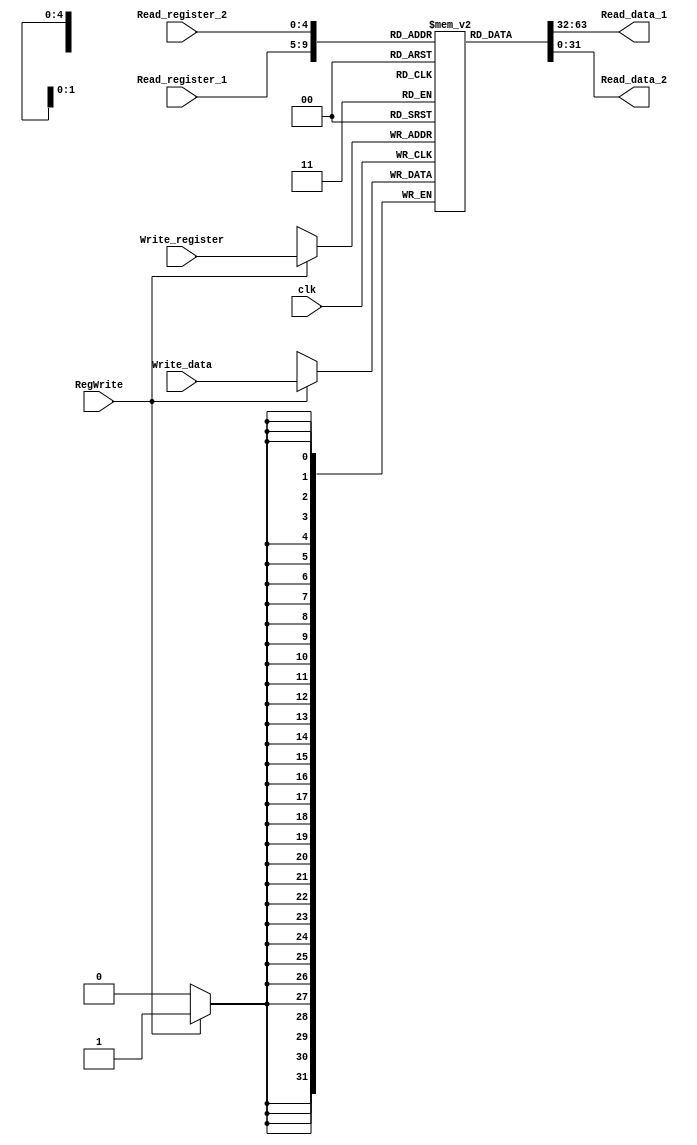
`timescale 1ns / 1ps
//////////////////////////////////////////////////////////////////////////////////
// Company: 
// Engineer: 
// 
// Design Name: 
// Module Name: Registers
// Project Name: 
// Target Devices: 
// Tool Versions: 
// Description: 
// 
// Dependencies: 
// 
// Revision:
// Revision 0.01 - File Created
// Additional Comments:
// 
//////////////////////////////////////////////////////////////////////////////////


module Registers(input [4:0] Read_register_1, input [4:0] Read_register_2, input [4:0] Write_register, input [31:0] Write_data, input RegWrite,
    output reg [31:0] Read_data_1, output reg [31:0] Read_data_2, input clk);
    
    reg [31:0] register_file [31:0];
    
    initial begin
    // NEED TO ADD VALUES TO REGISTERS AS MENTIONED IN QUESTION
        register_file[2][31:0] = 'h35A4;
        register_file[3][31:0] = 'h11AB0;
        register_file[4][31:0] = 'h2B124E;
        register_file[5][31:0] = 'h10;
        
        
    end
    
    always@(posedge clk )
    begin
        if(RegWrite)
            register_file[Write_register] = Write_data;
    end
    
    always@(*)
    begin
        Read_data_1 = register_file[Read_register_1];
        Read_data_2 = register_file[Read_register_2];
    end
    
endmodule